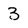
Character: 3